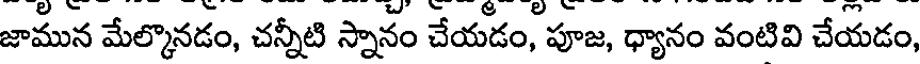
జామున మేల్కొనడం, చన్నీటి స్నానం చేయడం, పూజ, ధ్యానం వంటివి చేయడం,